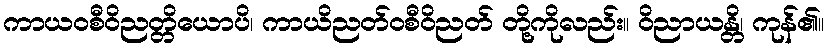
ကာယဝစီဝိညတ္တိယောပိ၊ ကာယိညတ်ဝစီဝိညတ် တို့ကိုလည်း။ ဝိညာယန္တိ၊ ကုန်၏။